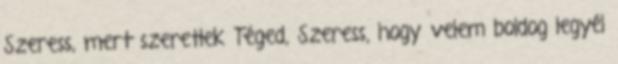
Szeress, mert szeretlek Téged, Szeress, hogy velem boldog legyél